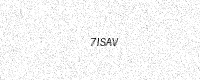
Text: 7ISAV